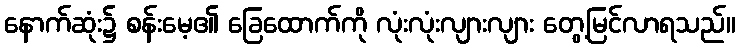
နောက်ဆုံး၌ စန်းမေ့၏ ခြေထောက်ကို လုံးလုံးလျားလျား တွေ့မြင်လာရသည်။